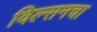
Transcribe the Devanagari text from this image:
विल्सनचा